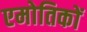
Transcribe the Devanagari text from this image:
एमोतिकों